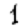
Digit: 1